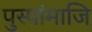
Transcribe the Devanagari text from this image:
पुस्पांमाजि